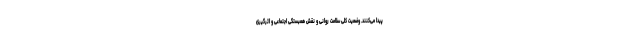
پیدا می‌کنند. وضعیت کلی سلامت روانی و نقش همبستگی اجتماعی و اثرگیری